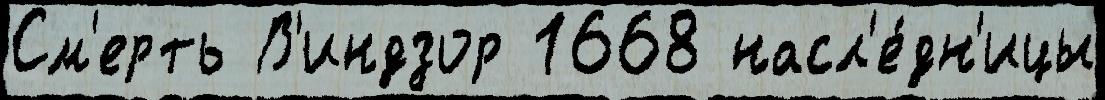
См'ерть В'индзор 1668 насл'е́дн'ицы